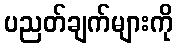
ပညတ်ချက်များကို